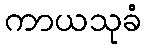
ကာယသုခံ